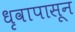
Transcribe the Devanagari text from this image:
धृवापासून